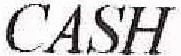
CASH